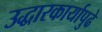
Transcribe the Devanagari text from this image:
उद्धारकार्यापुढे